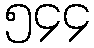
၅၄၄